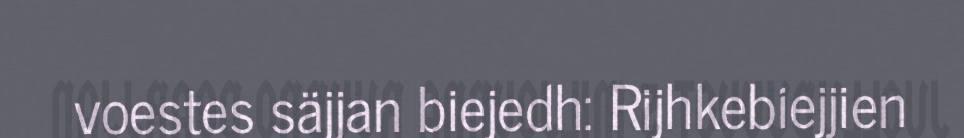
voestes säjjan biejedh: Rijhkebiejjien